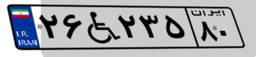
۲۶W۲۳۵۸۰